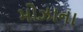
મોઝાના